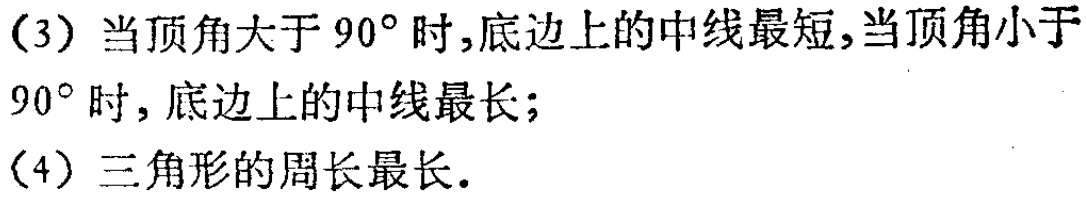
(3) 当顶角大于 \(90^{\circ}\) 时,底边上的中线最短,当顶角小于 \(90^{\circ}\) 时, 底边上的中线最长;
(4) 三角形的周长最长.